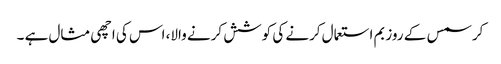
کرسمس کے روز بم استعمال کرنے کی کوشش کرنے والا، اس کی اچھی مثال ہے ۔